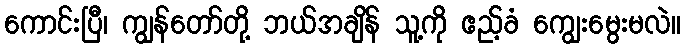
ကောင်းပြီ၊ ကျွန်တော်တို့ ဘယ်အချိန် သူ့ကို ဧည့်ခံ ကျွေးမွေးမလဲ။